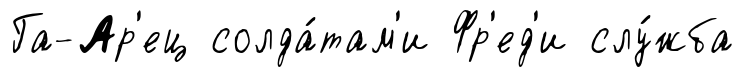
Га-Ар'ец солда́там'и Фр'ед'и слу́жба